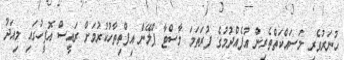
ހުނަރުވެރި މަސައްކަތްތެރިން އުފެއްދުމުގެ ފުރަތަމަ މާސްޓާ ޕްލޭން އިފްތިތާހުކުރުމަށް ރައީސް އޮފީހުގައި މިއަދު